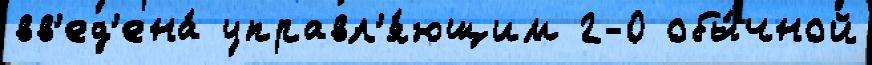
вв'ед'ена́ управл'я́ющим 2-0 обы́чной